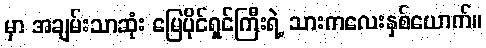
မှာ အချမ်းသာဆုံး မြေပိုင်ရှင်ကြီးရဲ့ သားကလေးနှစ်ယောက်။